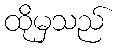
ထိုမှသည်